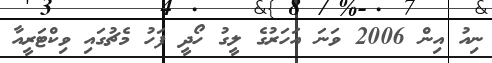
ނިއު އިން 2006 ވަނަ އަހަރުގެ ލީގު ހޯދީ ފަހު މެޗުގައި ވިކްޓަރީއާ